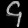
Digit: ၄